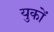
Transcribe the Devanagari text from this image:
युकों